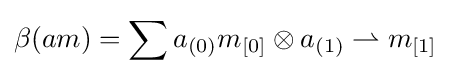
\beta (am)=\sum a_{(0)}m_{[0]}\otimes a_{(1)}\rightharpoonup m_{[1]}